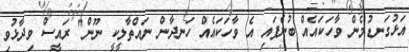
އަޅުގަނޑުމެން ވާހަކައެއް ބުނެފައި އެ ވާހަކައެއް ހަނދާން ނައްތާލީކީ ނޫން" ރައީސް ވިދާޅުވި